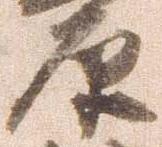
原